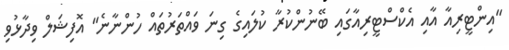
"އިންޓީރިއާ އާއި އެކްސްޓީރިއާގައި ބޭނުންކުރާ ކުލައިގެ ގިނަ ވައްތަރުތައް ހުންނާނެ" އޮފިޝަލް ވިދާޅުވި